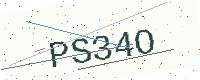
Text: PS34O